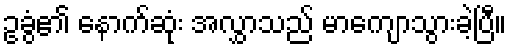
ဥခွံ၏ နောက်ဆုံး အလွှာသည် မာကျောသွားခဲ့ပြီ။